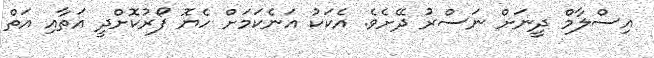
އިސްލާމް ދީނަށް ނަސްރު ދޭށެވެ. އެކަކު އަނެކަމަށް ހެޔޮ ފޯރުކޮށްދީ އަތާއި އަތް